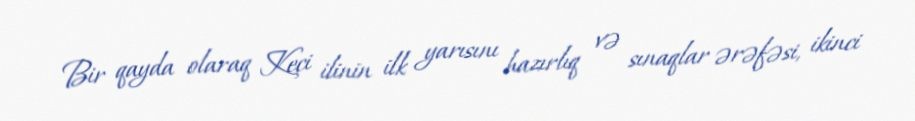
Bir qayda olaraq Keçi ilinin ilk yarısını hazırlıq və sınaqlar ərəfəsi, ikinci